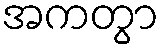
အကတွာ